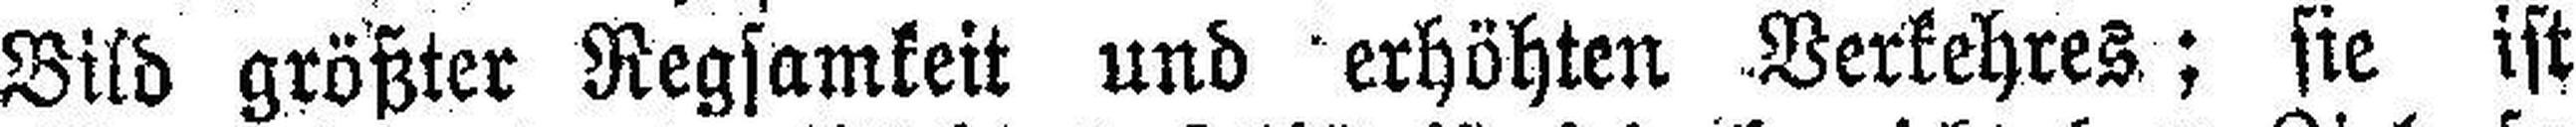
Bild größter Regsamkeit und erhöhten Verkehres; sie ist